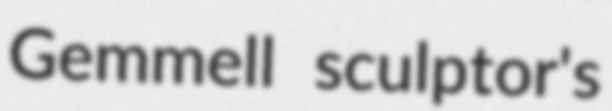
Gemmell sculptor's